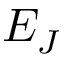
E _ { J }